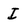
Character: I